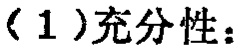
（1）充分性：